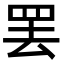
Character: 罢